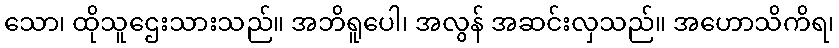
သော၊ ထိုသူဌေးသားသည်။ အဘိရူပေါ၊ အလွန် အဆင်းလှသည်။ အဟောသိကိရ၊